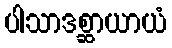
ပါသာဒစ္ဆာယာယံ